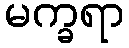
မက္ခရာ